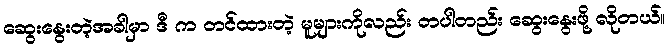
ဆွေးနွေးတဲ့အခါမှာ ဒီ က တင်ထားတဲ့ မူများကိုလည်း တပါတည်း ဆွေးနွေးဖို့ လိုတယ်။